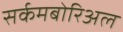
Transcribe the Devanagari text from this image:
सर्कमबोरिअल